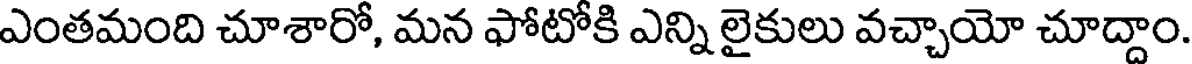
ఎంతమంది చూశారో, మన ఫోటోకి ఎన్ని లైకులు వచ్చాయో చూద్దాం.